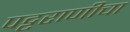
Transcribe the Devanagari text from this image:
पट्टराणीचा